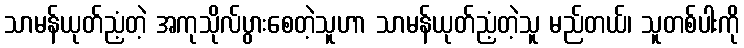
သာမန်ယုတ်ညံ့တဲ့ အကုသိုလ်ပွားစေတဲ့သူဟာ သာမန်ယုတ်ညံ့တဲ့သူ မည်တယ်၊ သူတစ်ပါးကို